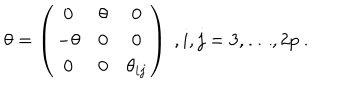
\theta = \left( \begin{array} { c c c } { { 0 } } & { { \theta } } & { { 0 } } \\ { { - \theta } } & { { 0 } } & { { 0 } } \\ { { 0 } } & { { 0 } } & { { \theta _ { i j } } } \\ \end{array} \right) \ , i , j = 3 , \dots , 2 p \ .